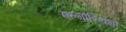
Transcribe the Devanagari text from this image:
एल्गोरिथमों